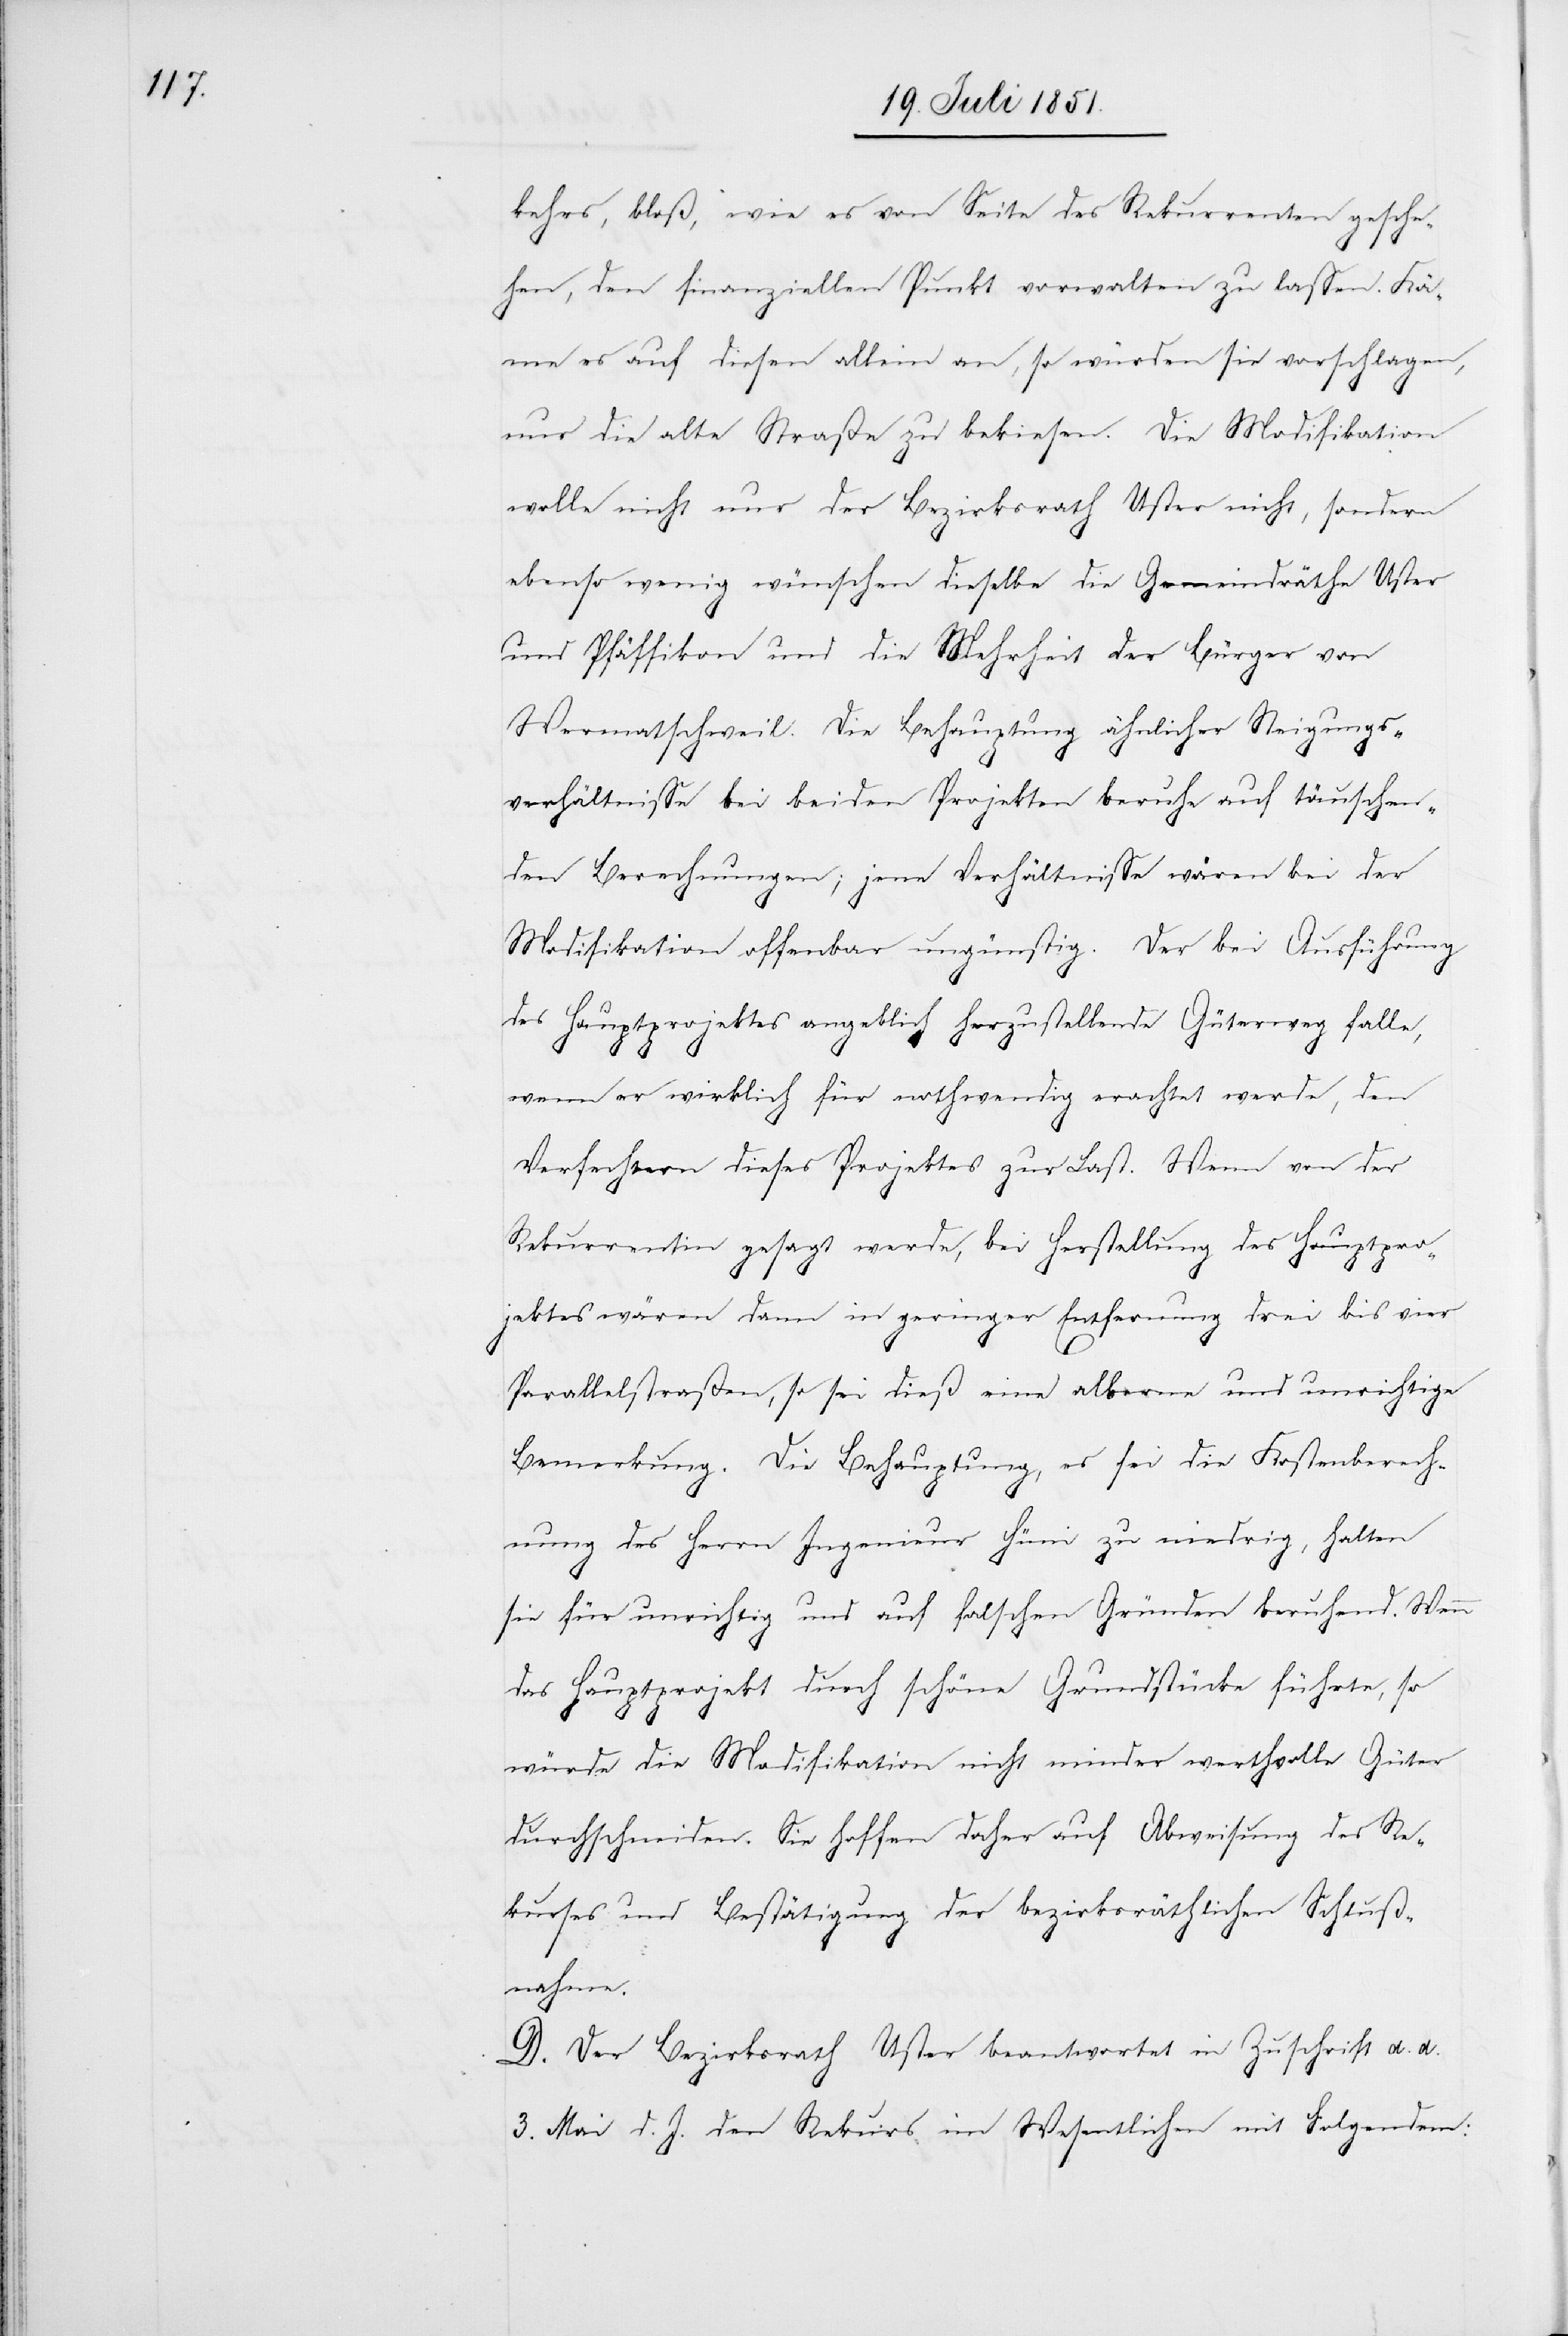
kehrs, bloß, wie es von Seite des Rekurrenten gesche¬
hen, den finanziellen Punkt vorwalten zu lassen. Kä¬
me es auf diesen allein an, so würden sie vorschlagen,
nur die alte Straße zu bekiesen. Die Modifikation
wolle nicht nur der Bezirksrath Uster nicht, sondern
ebenso wenig wünschen dieselbe die Gemeindräthe Uster
und Pfäffikon und die Mehrheit der Bürger von
Wermatschweil. Die Behauptung ähnlicher Steigungs¬
verhältnisse bei beiden Projekten beruhe auf täuschen¬
den Berechnungen; jene Verhältnisse wären bei der
Modifikation offenbar ungünstig. Der bei Ausführung
des Hauptprojektes angeblich herzustellende Güterweg falle,
wenn er wirklich für nothwendig erachtet werde, den
Verfechtern dieses Projektes zur Last. Wenn von der
Rekurrentin gesagt werde, bei Herstellung des Hauptpro¬
jektes wären dann in geringer Entfernung drei bis vier
Parallelstraßen, so sei dieß eine alberne und unrichtige
Bemerkung. Die Behauptung, es sei die Kostenberech¬
nung des Herrn Ingenieur Hüni zu niedrig, halten
sie für unrichtig und auf falschen Gründen beruhend. Wenn
das Hauptprojekt durch schöne Grundstücke führte, so
würde die Modifikation nicht minder werthvolle Güter
durchschneiden. Sie hoffen daher auf Abweisung des Re¬
kurses und Bestätigung der bezirksräthlichen Schluß¬
nahme.
D. Der Bezirksrath Uster beantwortet in Zuschrift d. d.
3. Mai d. J. den Rekurs im Wesentlichen mit Folgendem: